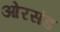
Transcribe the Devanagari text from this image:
ओरसंड